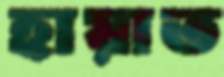
হায়াত